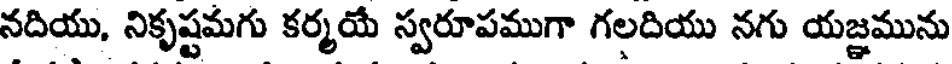
నదియు, నికృష్ణమగు కర్మయే స్వరూపముగా గలదియు నగు యజ్ఞమును